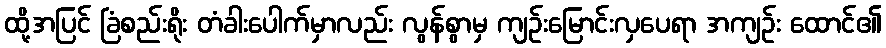
ထို့အပြင် ခြံစည်းရိုး တံခါးပေါက်မှာလည်း လွန်စွာမှ ကျဉ်းမြောင်းလှပေရာ အကျဉ်း ထောင်၏